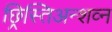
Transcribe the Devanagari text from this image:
छ्रिस्तिअन्शव्न